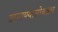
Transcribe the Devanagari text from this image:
प्रामाण्यासोबतच